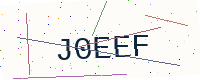
Text: J0EEF